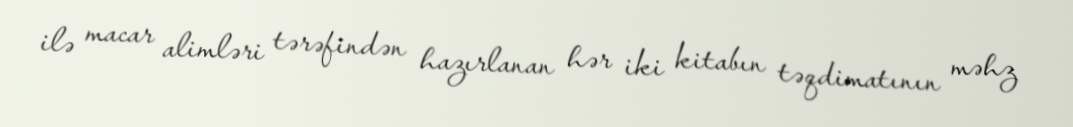
ilə macar alimləri tərəfindən hazırlanan hər iki kitabın təqdimatının məhz